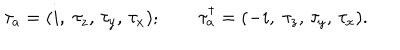
LaTeX: \tau _ { a } = ( i , \; \tau _ { z } , \, \tau _ { y } , \, \tau _ { x } ) ; \qquad \tau _ { a } ^ { \dagger } = ( - i , \; \tau _ { z } , \, \tau _ { y } , \, \tau _ { x } ) .